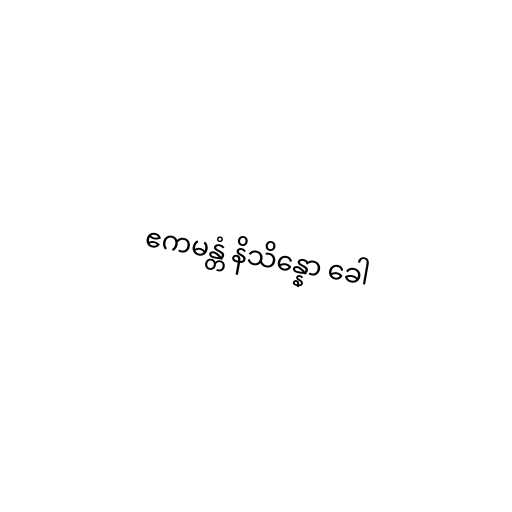
ဧကမန္တံ နိသိန္နော ခေါ